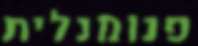
פנומנלית